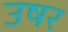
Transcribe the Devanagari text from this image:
उषर